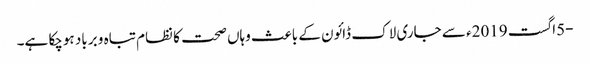
-5اگست 2019ء سے جاری لاک ڈائون کے باعث وہاں صحت کا نظام تباہ و برباد ہوچکا ہے۔